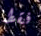
فقط